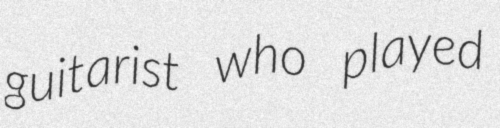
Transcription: guitarist who played